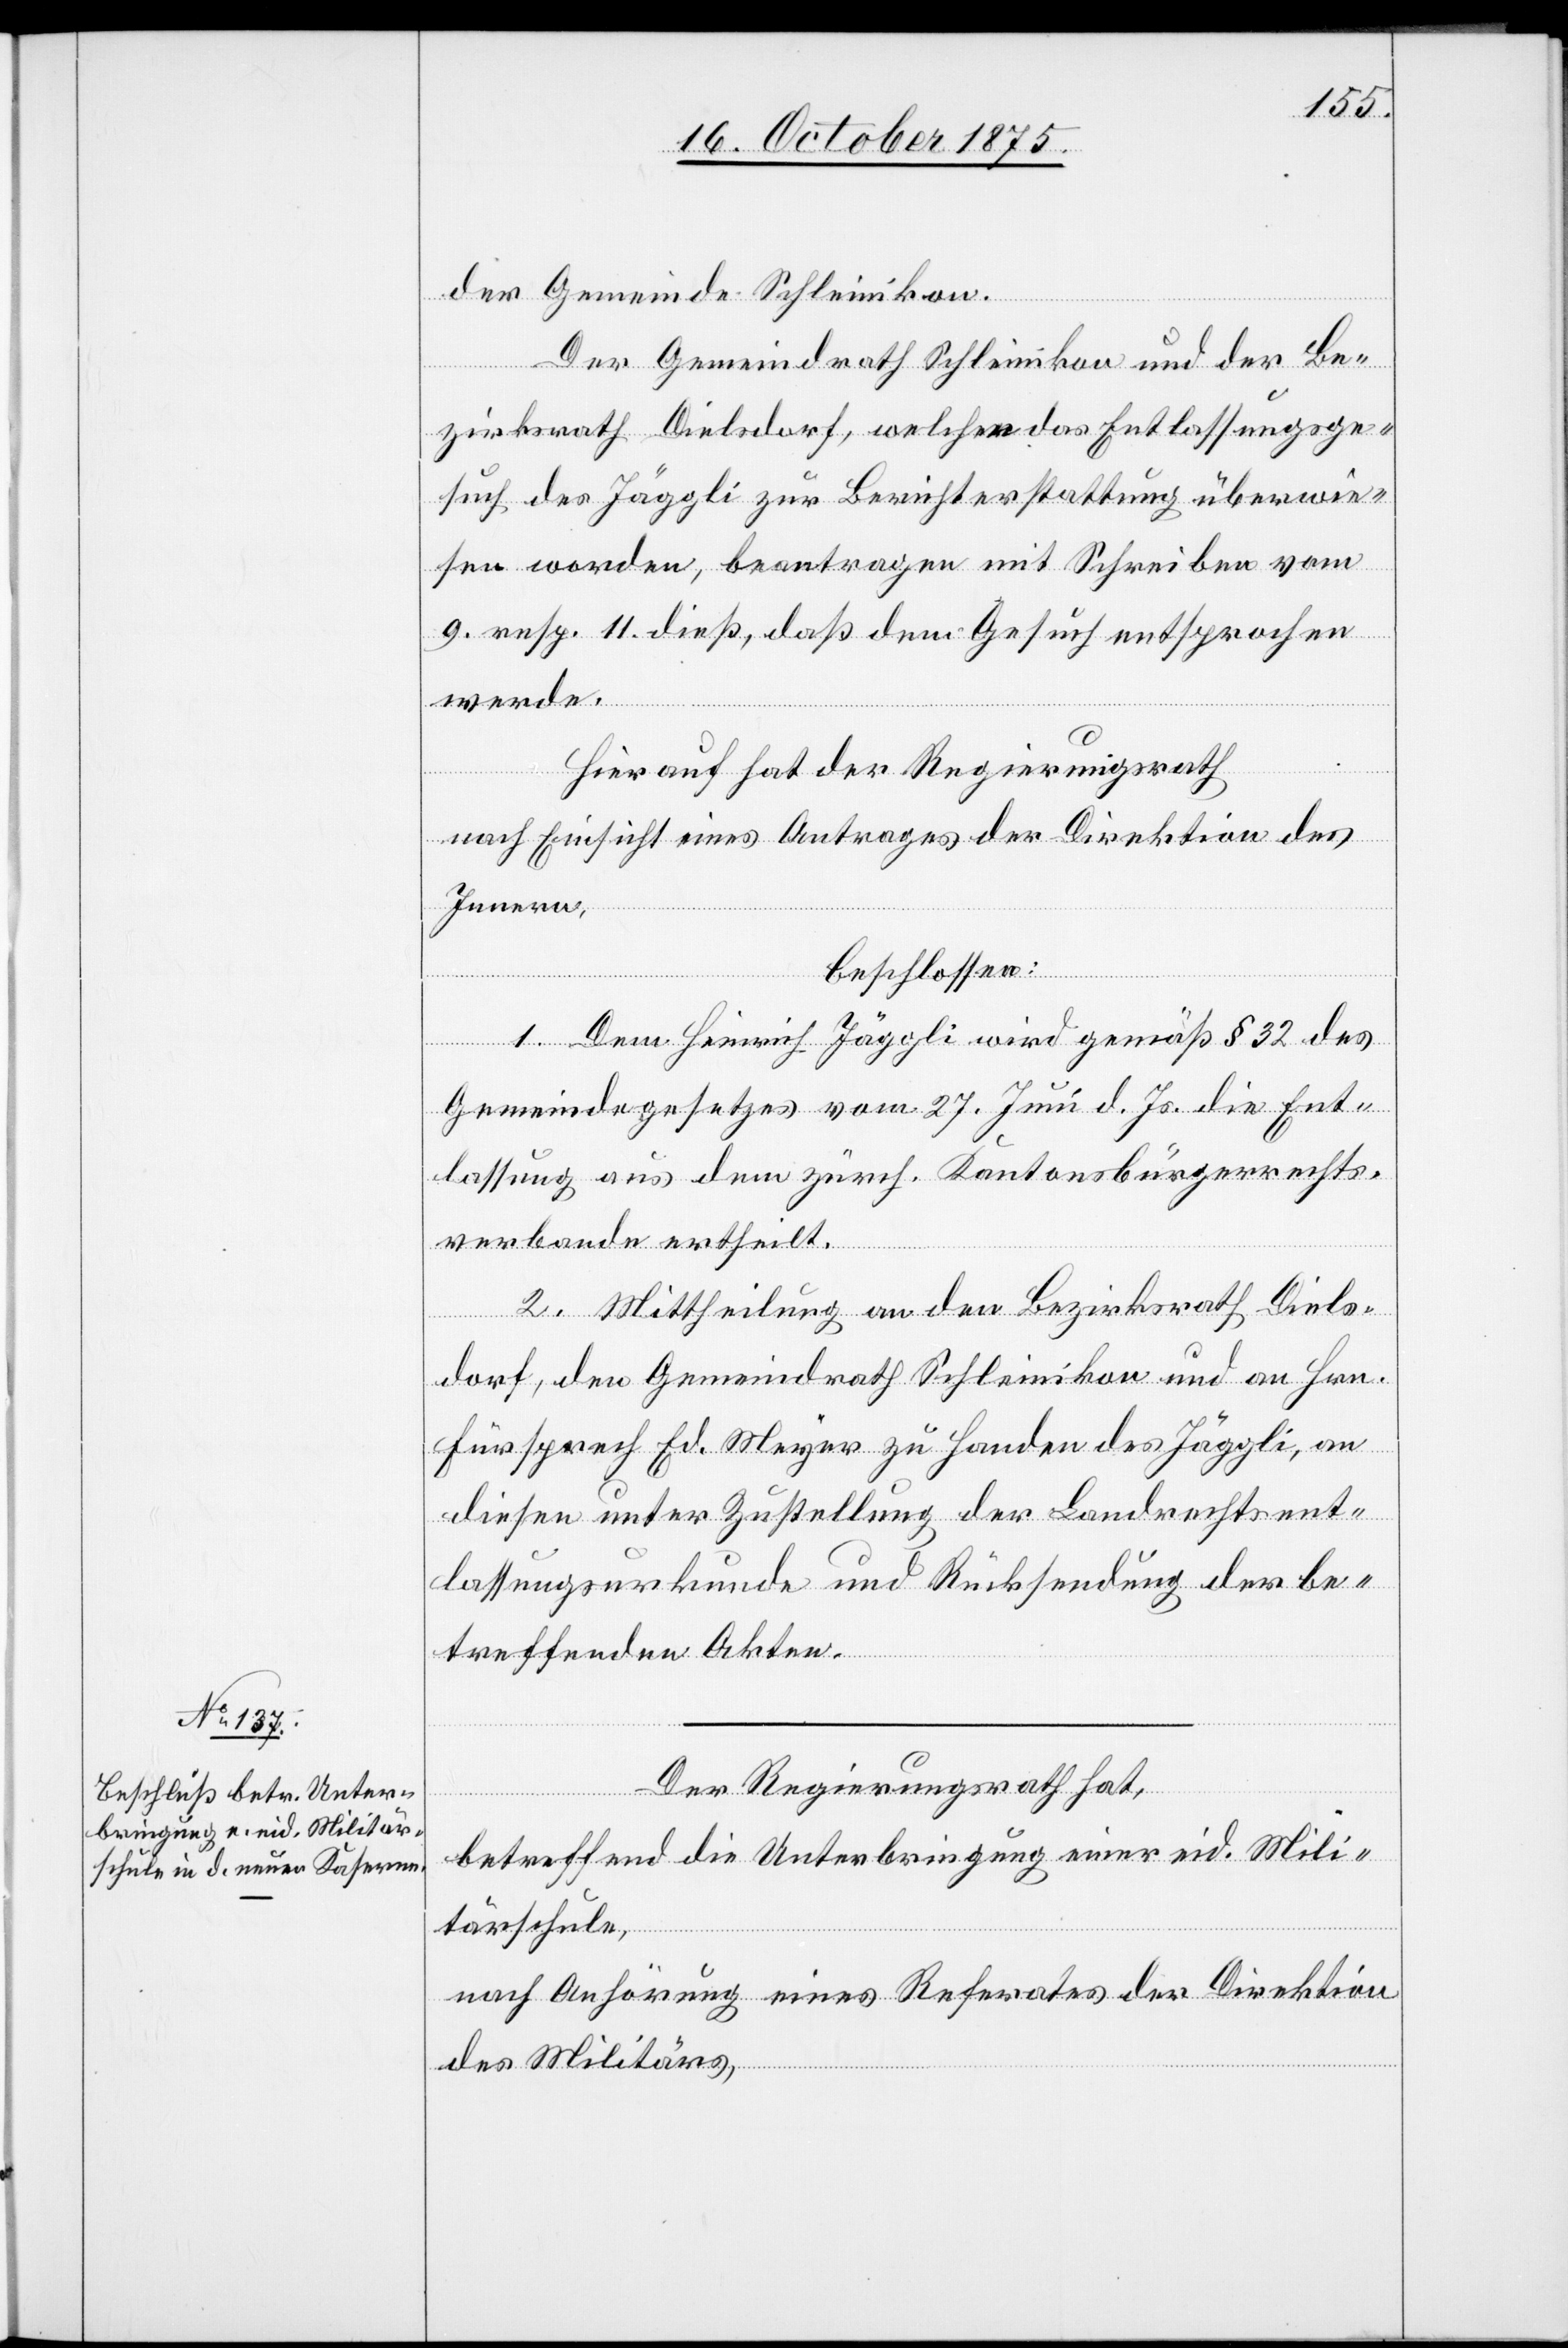
der Gemeinde Schleinikon.
Der Gemeindrath Schleinikon und der Be¬
zirksrath Dielsdorf, welchen das Entlassungsge¬
such des Jäggli zur Berichterstattung überwie¬
sen worden, beantragen mit Schreiben vom
9. resp. 11. dieß, daß dem Gesuch entsprochen
werde.
Hierauf hat der Regierungsrath
nach Einsicht eines Antrages der Direktion des
Innern,
beschlossen:
1. Dem Heinrich Jäggli wird gemäß § 32 des
Gemeindegesetzes vom 27. Juni d. Js. die Ent¬
lassung aus dem zürch. Kantonsbürgerrechts¬
verbande ertheilt.
2. Mittheilung an den Bezirksrath Diels¬
dorf, den Gemeindrath Schleinikon und an Hrn.
Fürsprech Ed. Meyer zu Handen des Jäggli, an
diesen unter Zustellung der Landrechtsent¬
lassungsurkunde und Rücksendung der be¬
treffenden Akten.
Der Regierungsrath hat,
betreffend die Unterbringung einer eid. Mili¬
tärschule,
nach Anhörung eines Referates der Direktion
des Militärs,